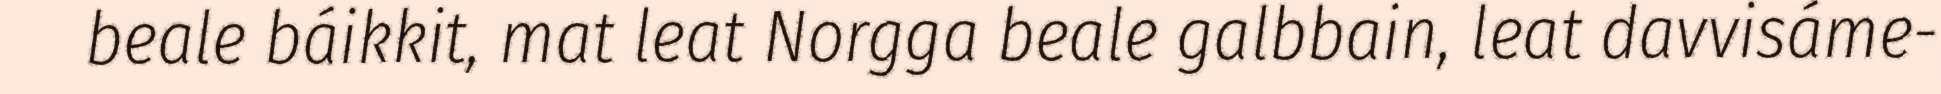
beale báikkit, mat leat Norgga beale galbbain, leat davvisáme-